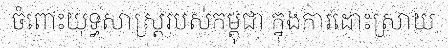
ចំពោះយុទ្ធសាស្ត្ររបស់កម្ពុជា ក្នុងការដោះស្រាយ